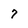
Character: 7